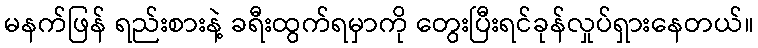
မနက်ဖြန် ရည်းစားနဲ့ ခရီးထွက်ရမှာကို တွေးပြီးရင်ခုန်လှုပ်ရှားနေတယ်။